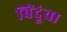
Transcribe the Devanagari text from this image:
बिंदूंचा